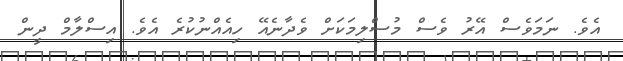
އެވެ. ނަމަވެސް އޭރު ވެސް މުސްލިމަކަށް ވެދާނެއޭ ހިއެއްނުކުރެ އެވެ. އިސްލާމް ދީން